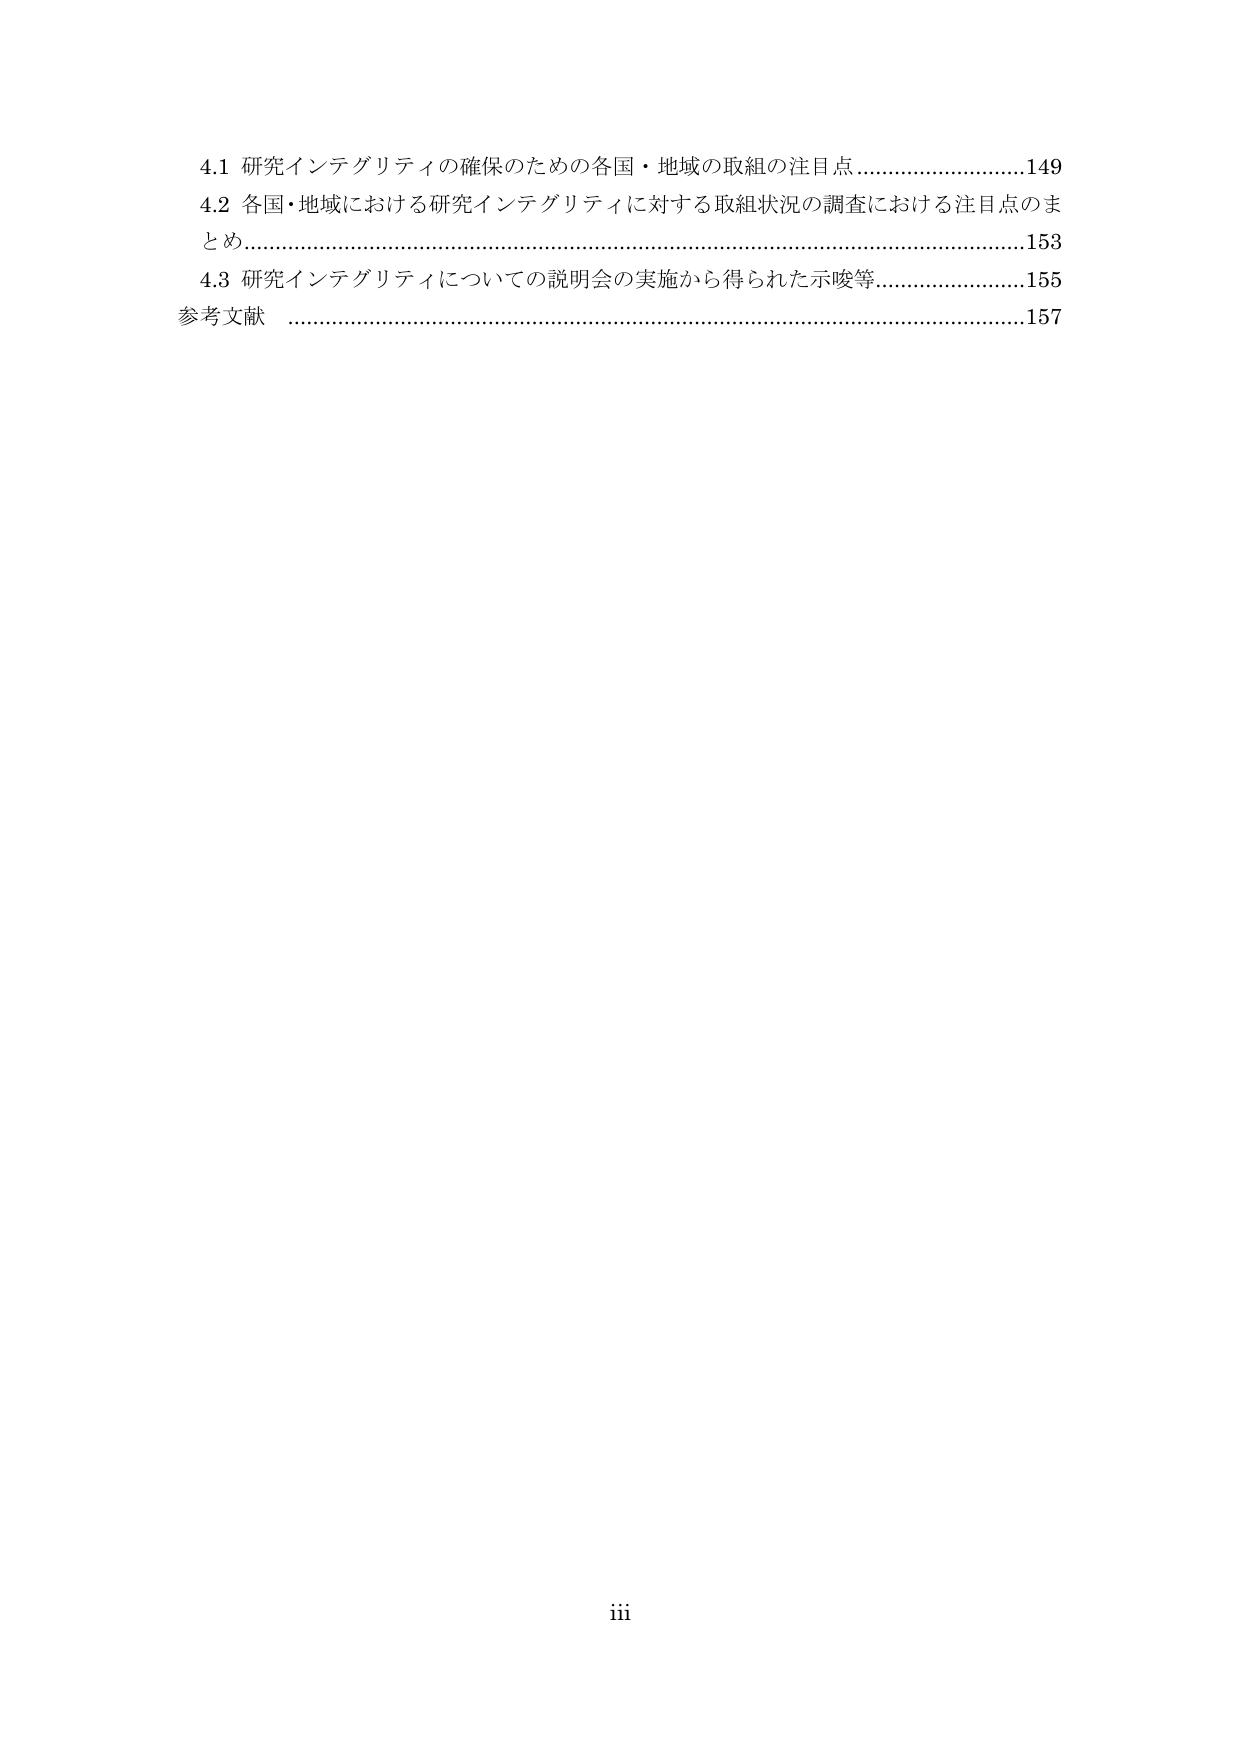
4.1 研究インテグリティの確保のための各国・地域の取組の注目点 ………………………………149
4.2 各国・地域における研究インテグリティに対する取組状況の調査における注目点のまとめ ………………………………153
4.3 研究インテグリティについての説明会の実施から得られた示唆等 ………………………………155
参考文献 ………………………………157

iii